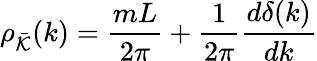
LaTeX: \rho_{\bar{{\cal K}}}(k)=\frac{mL}{2\pi}+\frac{1}{2\pi}\frac{d\delta(k)}{dk}